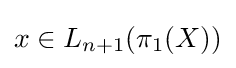
x\in L_{n+1}(\pi _{1}(X))